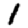
Digit: 1